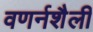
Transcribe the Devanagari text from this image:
वणर्नशैली